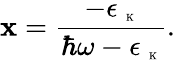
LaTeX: \mathbf{x}=\frac{{-\epsilon_{\mathrm{{~\tiny~K~}}}}}{{\hbar\omega-\epsilon_{\mathrm{{~\tiny~K~}}}}}.